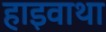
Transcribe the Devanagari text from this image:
हाइवाथा